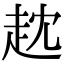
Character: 𧺟